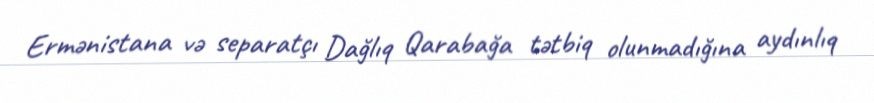
Ermənistana və separatçı Dağlıq Qarabağa tətbiq olunmadığına aydınlıq